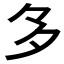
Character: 𭐴